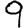
Digit: 9